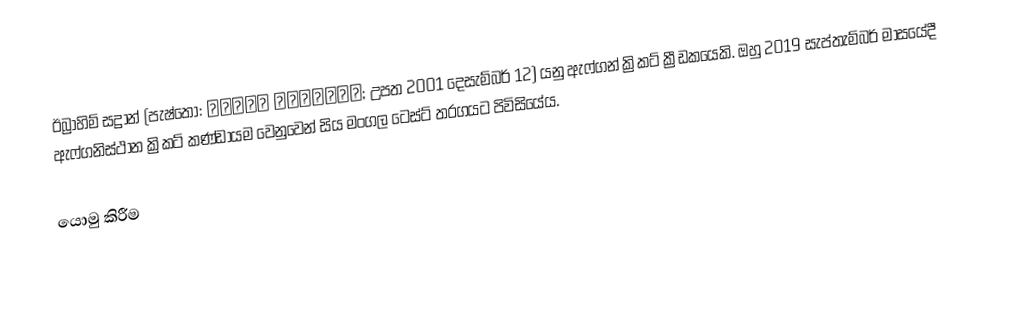
ඊබ්‍රාහිම් සද්‍රාන් (පැෂ්තෝ: ابراهیم ځدراڼ; උපත 2001 දෙසැම්බර් 12) යනු ඇෆ්ගන් ක්‍රිකට් ක්‍රීඩකයෙකි. ඔහු 2019 සැප්තැම්බර් මාසයේදී ඇෆ්ගනිස්ථාන ක්‍රිකට් කණ්ඩායම වෙනුවෙන් සිය මංගල ටෙස්ට් තරගයට පිවිසියේය.

යොමු කිරීම